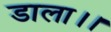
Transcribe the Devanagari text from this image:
डाला।।